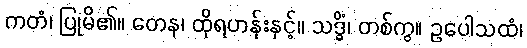
ကတံ၊ ပြုမိ၏။ တေန၊ ထိုရဟန်းနှင့်။ သဒ္ဓိံ၊ တစ်ကွ။ ဥပေါသထံ၊